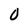
Character: 0